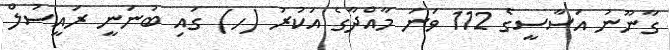
ގާނޫނު އަސާސީގެ 112 ވަނަ މާއްދާގެ އަކުރު (ހ) ގައި ބުނަނީ ރައީސުލް